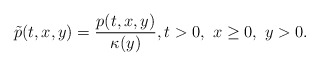
\begin{align*}\tilde{p}(t,x,y) = \frac{p(t,x,y)}{\kappa(y)}, t>0, \ x\ge 0,\ y >0.\end{align*}